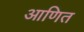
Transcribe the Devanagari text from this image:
आणित